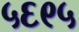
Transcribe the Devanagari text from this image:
५६९५